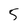
Character: 5